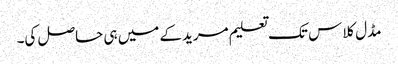
مڈل کلاس تک تعلیم مریدکے میں ہی حاصل کی۔